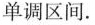
单调区间.